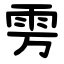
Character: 雱